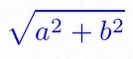
\sqrt{a^2+b^2}